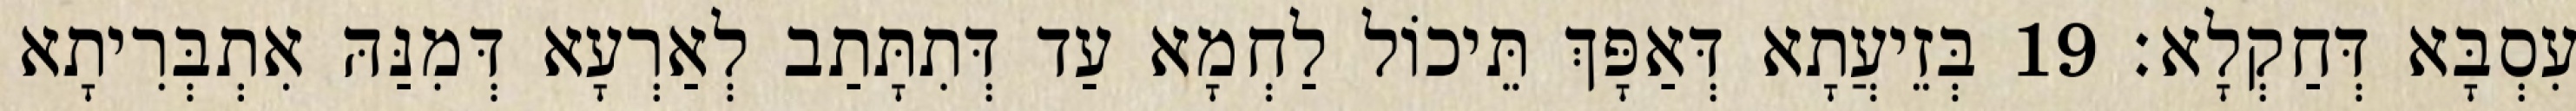
עִסְבָּא דְּחַקְלָא׃ 19 בְּזֵיעֲתָא דְּאַפָּךְ תֵּיכוֹל לַחְמָא עַד דְּתִתָּתַב לְאַרְעָא דְּמִנַּהּ אִתְבְּרִיתָא